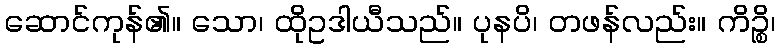
ဆောင်ကုန်၏။ သော၊ ထိုဥဒါယီသည်။ ပုနပိ၊ တဖန်လည်း။ ကိဉ္စိ၊